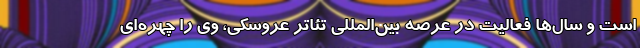
است و سال‌ها فعالیت در عرصه بین‌المللی تئاتر عروسکی، وی را چهره‌ای